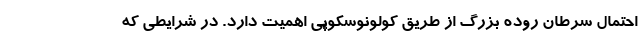
احتمال سرطان روده بزرگ از طریق کولونوسکوپی اهمیت دارد. در شرایطی که